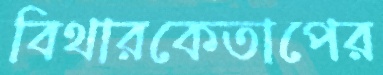
বিথারকেতাপের